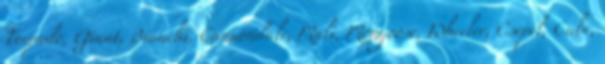
Torpado, Giant, Bianchi, Cannondale, Mali, Mongoose, Wheeler, Csepel, Cube,